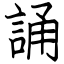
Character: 誦